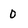
Character: 0